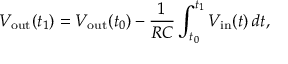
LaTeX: V _ { \mathrm { o u t } } ( t _ { 1 } ) = V _ { \mathrm { o u t } } ( t _ { 0 } ) - { \frac { 1 } { R C } } \int _ { t _ { 0 } } ^ { t _ { 1 } } V _ { \mathrm { i n } } ( t ) \, d t ,